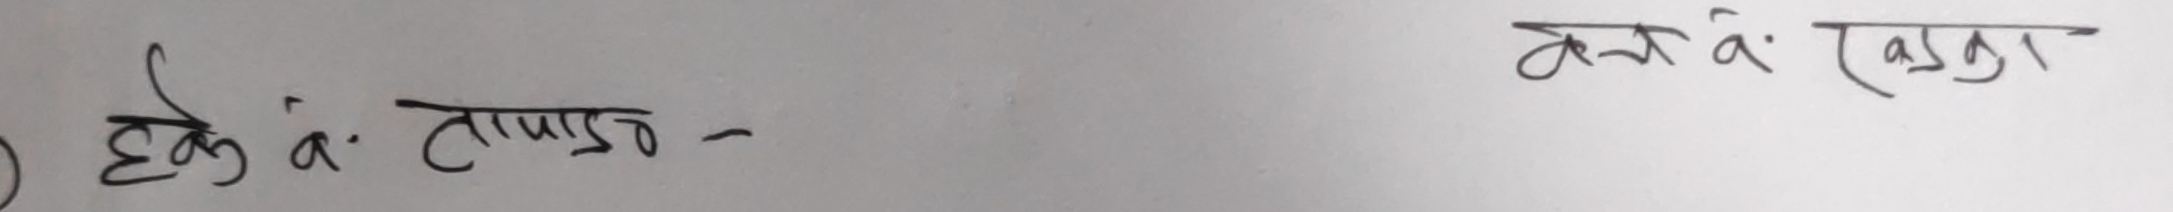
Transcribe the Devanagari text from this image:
हुने आ: तापमान -
कर्का टाउका